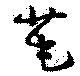
芼